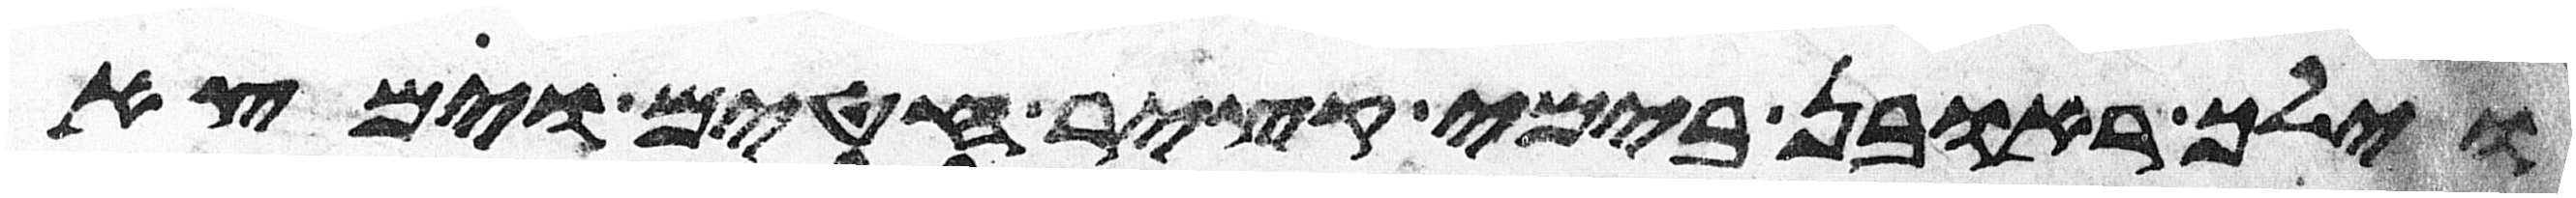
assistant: וילך ראובן בימי קציר חטים וימצא